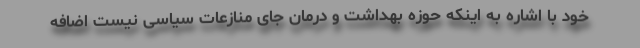
خود با اشاره به اینکه حوزه بهداشت و درمان جای منازعات سیاسی نیست اضافه